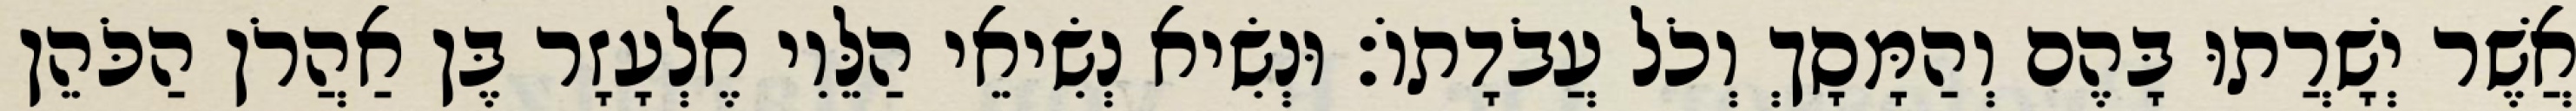
אֲשֶׁר יְשָׁרֲתוּ בָּהֶם וְהַמָּסָךְ וְכֹל עֲבֹדָתוֹ׃ וּנְשִׂיא נְשִׂיאֵי הַלֵּוִי אֶלְעָזָר בֶּן אַהֲרֹן הַכֹּהֵן